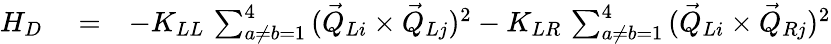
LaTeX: \begin{array}{rlr}{H_{D}}&{{}=}&{-K_{LL}\, \sum_{a\neq b=1}^{4}\, (\vec{Q}_{Li}\times\vec{Q}_{Lj})^{2}-K_{LR}\, \sum_{a\neq b=1}^{4}\, (\vec{Q}_{Li}\times\vec{Q}_{Rj})^{2}}\end{array}